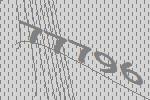
77796